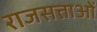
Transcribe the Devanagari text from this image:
राजसत्ताओं